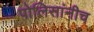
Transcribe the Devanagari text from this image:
पोलिसांनीच